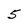
Character: 5